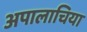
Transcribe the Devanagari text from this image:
अपालाचिया